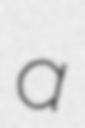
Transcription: a